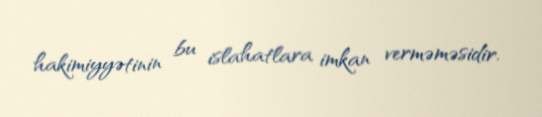
hakimiyyətinin bu islahatlara imkan verməməsidir.